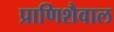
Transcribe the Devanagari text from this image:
प्राणिशैवाल